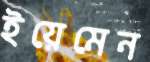
ইয়েমেন